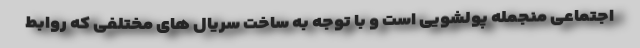
اجتماعی منجمله پولشویی است و با توجه به ساخت سریال های مختلفی که روابط